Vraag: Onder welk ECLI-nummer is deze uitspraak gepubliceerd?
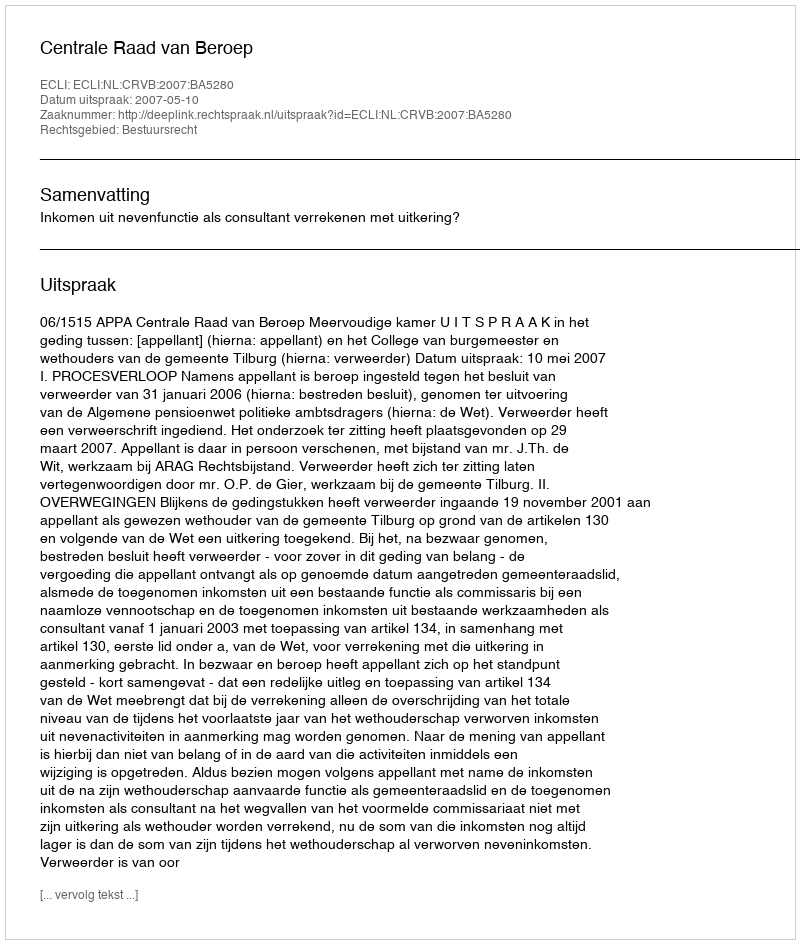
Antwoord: ECLI:NL:CRVB:2007:BA5280